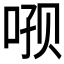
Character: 𫪑